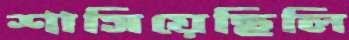
শাসিয়েছিলি